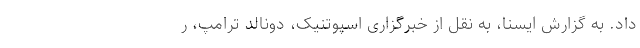
داد. به گزارش ایسنا، به نقل از خبرگزاری اسپوتنیک، دونالد ترامپ، ر